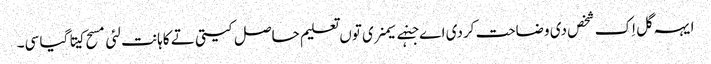
ایہہ گل اِک شخص دی وضاحت کردی اے جنہے سیمنری توں تعلیم حاصل کیتی تے کاہانت لئی مسح کیتا گیا سی۔